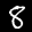
Label: 8